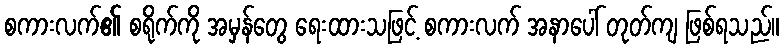
စကားလက်၏ စရိုက်ကို အမှန်တွေ ရေးထားသဖြင့် စကားလက် အနာပေါ် တုတ်ကျ ဖြစ်ရသည်။